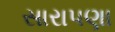
સારાપણા